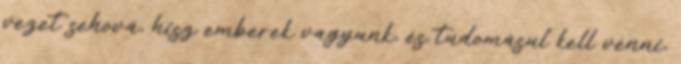
vezet sehová, hisz emberek vagyunk, és tudomásul kell venni,